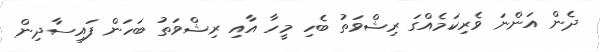
ދެން އަންނަ ވެރިކަމެއްގަ ރިޝްވަތު ބެހި މީހާ އާއި ރިޝްވަތު ބަހަން ފައިސާދިން